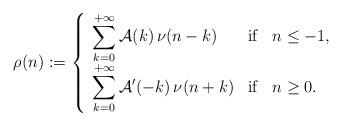
LaTeX: \begin{align*} \rho(n) := \left\{ \begin{array}{lll} \displaystyle \sum_{k = 0}^{+\infty}\mathcal{A}(k)\,\nu(n-k) &{\rm if} &n \leq -1,\\ \displaystyle \sum_{k = 0}^{+\infty}\mathcal{A}'(-k)\,\nu(n+k) &{\rm if} &n \geq 0. \end{array} \right.\end{align*}